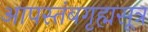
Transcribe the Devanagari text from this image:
आपस्तंबगृह्मसूत्र